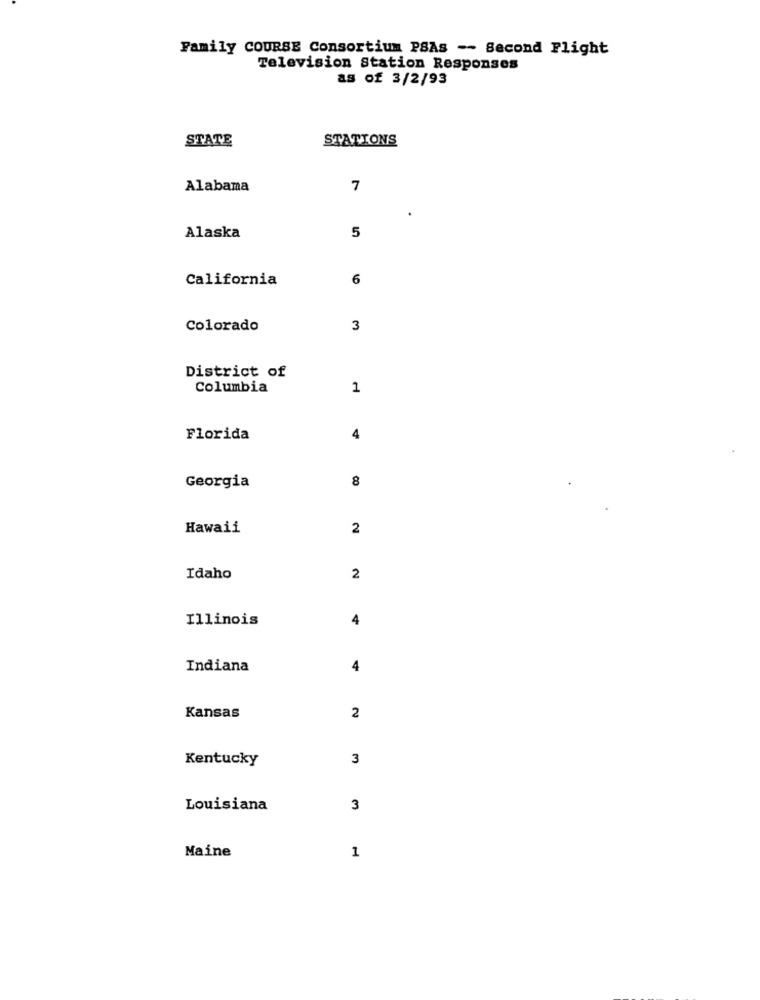
Family COURSE Consortium PSAs -- Second Flight
Television Station Responses
as of 3/2/93
STATE
STATIONS
Alabama
7
5
Alaska
California
6
Colorado
3
District of
Columbia
1
Florida
4
8
Georgia
Hawaii
2
Idaho
2
Illinois
4
Indiana
4
Kansas
2
Kentucky
3
Louisiana
3
1
Maine